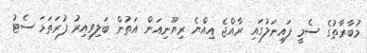
މުބާރާތުގެ ސެމީ ފައިނަލުގައި ރާއްޖެ އިއްޔެ ރިޔޫނިއަން އަތުން ބަލިވިއިރު ފުރަތަމަ ސެޓު